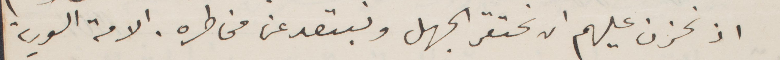
اذ نحزن عليهم ان نحتقر الجهل ونبتعد عن مخاطره. الامة السورية